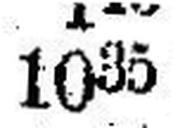
1035